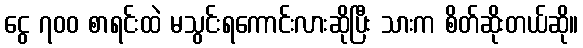
ငွေ ၇၀၀ စာရင်းထဲ မသွင်းရကောင်းလားဆိုပြီး သားက စိတ်ဆိုးတယ်ဆို။